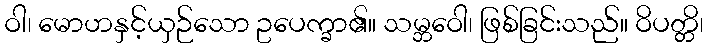
ဝါ၊ မောဟနှင့်ယှဉ်သော ဥပေက္ခာ၏။ သမ္ဘဝေါ၊ ဖြစ်ခြင်းသည်။ ဝိပတ္တိ၊